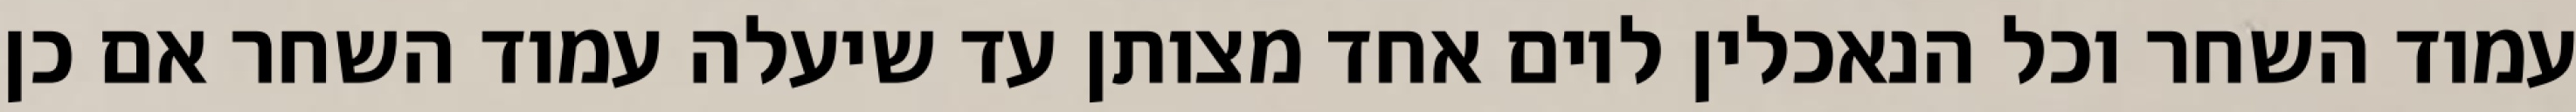
עמוד השחר וכל הנאכלין ליום אחד מצותן עד שיעלה עמוד השחר אם כן